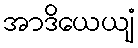
အာဒိယေယျံ